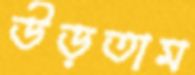
উড়তাম